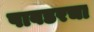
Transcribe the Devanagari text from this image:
पावडरचा